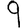
Digit: 9